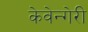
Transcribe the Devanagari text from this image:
केवेन्गेरी